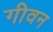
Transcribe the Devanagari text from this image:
गीवन